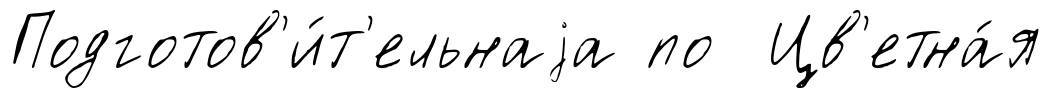
Подготов'и́т'ельнаjа по Цв'етна́я